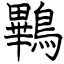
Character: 鷝